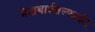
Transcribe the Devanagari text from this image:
मेटाबाईसल्फाईट